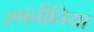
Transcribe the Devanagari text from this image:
रणनीतिया